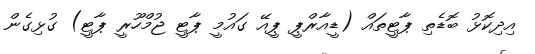
އިދިކޮޅު ބޮޑެތި ޕާޓީތައް (ޑީއާރްޕީ ޕީއޭ ގައުމީ ޕާޓީ ޖުމްހޫރީ ޕާޓީ) ގުޅިގެން